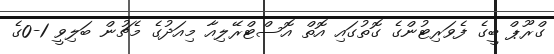
ގްރޫޕް ބީގެ ފެވަރިޓުންގެ ގޮތުގައި އޮތް އޮސްޓްރޭލިއާ މިއަދުގެ މެޗުން ބަލިވީ 1-0ގެ